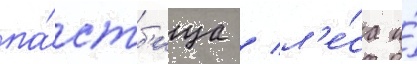
па́стб'ища / л'е́са и́